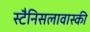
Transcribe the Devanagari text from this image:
स्टैनिसलावास्की